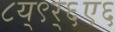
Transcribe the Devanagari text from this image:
८य्९र्६ए६